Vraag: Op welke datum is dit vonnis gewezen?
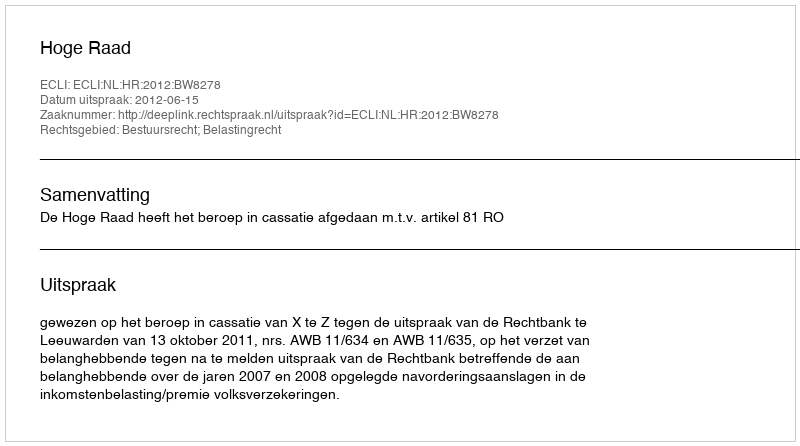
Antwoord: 2012-06-15